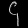
Digit: ၄